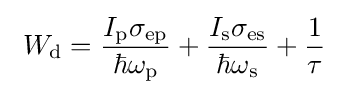
~W_{\rm {d}}={\frac {I_{\rm {p}}\sigma _{\rm {ep}}}{\hbar \omega _{\rm {p}}}}+{\frac {I_{\rm {s}}\sigma _{\rm {es}}}{\hbar \omega _{\rm {s}}}}+{\frac {1}{\tau }}~